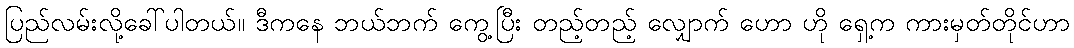
ပြည်လမ်းလို့ခေါ်ပါတယ်။ ဒီကနေ ဘယ်ဘက် ကွေ့ပြီး တည့်တည့် လျှောက် ဟော ဟို ရှေ့က ကားမှတ်တိုင်ဟာ